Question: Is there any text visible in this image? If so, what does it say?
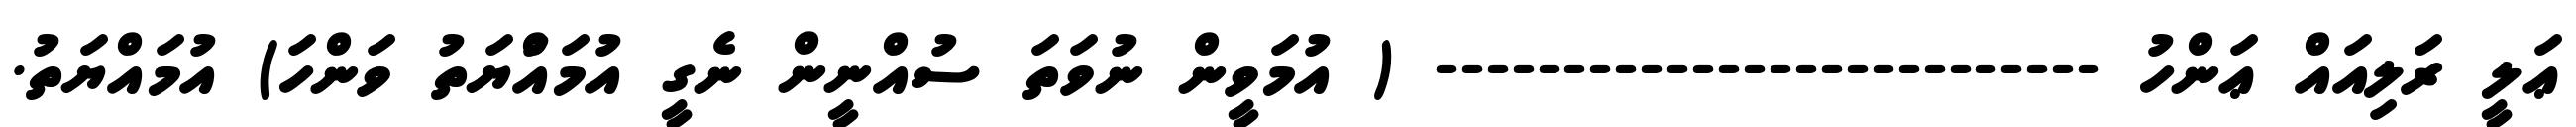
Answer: ޢަލީ ރަލިއައް ޢަންހު -------------------------- ( އުމަވީން ނުވަތަ ސުއްނީން ނެގީ އުމައްުޔަތު ވަންހަ) އުމައްޔަތު.